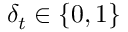
{ \delta } _ { t } \in \{ 0 , 1 \}